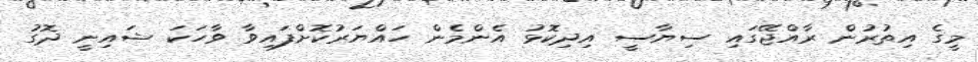
މީގެ އިތުރުން ރާއްޖޭގައި ސިޔާސީ އިދިކޮޅު އެންމެން ހައްޔަރުކޮށްފައިވާ ވާހަކަ ޝައިނީ ދޮގު